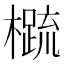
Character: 𬄼